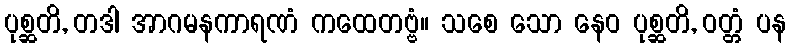
ပုစ္ဆတိ, တဒါ အာဂမနကာရဏံ ကထေတဗ္ဗံ။ သစေ သော နေဝ ပုစ္ဆတိ, ဝတ္တံ ပန